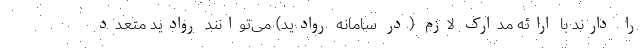
را دارند با ارائه مدارک لازم (در سامانه روادید) می‌توانند روادید متعدد